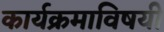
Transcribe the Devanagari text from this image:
कार्यक्रमाविषयी